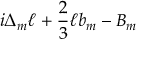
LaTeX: i \Delta _ { m } \ell + { \frac { 2 } { 3 } } \ell b _ { m } - B _ { m }